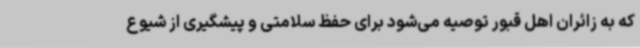
که به زائران اهل قبور توصیه می‌شود برای حفظ سلامتی و پیشگیری از شیوع